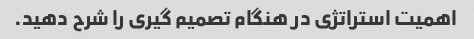
اهمیت استراتژی در هنگام تصمیم گیری را شرح دهید.